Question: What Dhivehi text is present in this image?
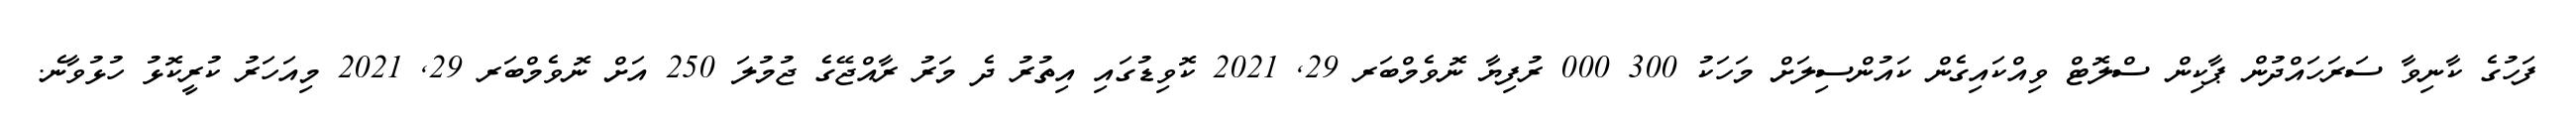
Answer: ފަހުގެ ކާނިވާ ސަރަހައްދުން ޕާކިން ސްލޮޓް ވިއްކައިގެން ކައުންސިލަށް މަހަކު 300 000 ރުފިޔާ ނޮވެމްބަރ 29, 2021 ކޮވިޑުގައި އިތުރު ދެ މަރު ރާއްޖޭގެ ޖުމުލަ 250 އަށް ނޮވެމްބަރ 29, 2021 މިއަހަރު ކުރީކޮޅު ހުޅުވާނެ.